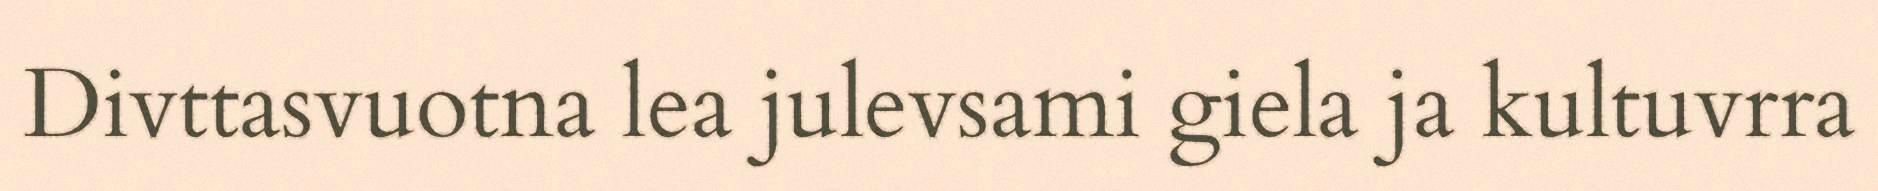
Divttasvuotna lea julevsami giela ja kultuvrra